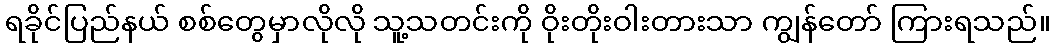
ရခိုင်ပြည်နယ် စစ်တွေမှာလိုလို သူ့သတင်းကို ဝိုးတိုးဝါးတားသာ ကျွန်တော် ကြားရသည်။